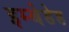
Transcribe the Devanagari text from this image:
इम्बेडेड